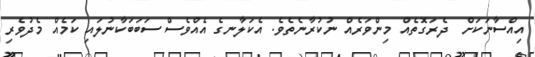
އިއްސާނަކަށް  ދެރަގޮތެއް މިންވަރެއް ނުކުރާނެތެވެ. އެކަލާނގެ އެއްވެސް ސަބަބަކާނުލައި ކަމެއް މެދުވެރި